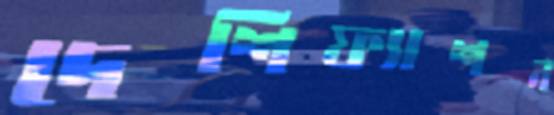
দেশিফ্যাশন